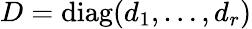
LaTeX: D=\mathrm{diag}(d_{1},\ldots,d_{r})